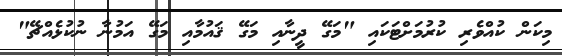
މިކަން ކުއްވެރި ކުރުމަށްޓަކައި "މަގޭ ދީނާއި މަގޭ ޤައުމާއި މަގޭ އަމުނާ ނުކުޅެއްޗޭ"